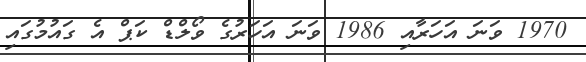
1970 ވަނަ އަހަރާއި 1986 ވަނަ އަހަރުގެ ވޯލްޑް ކަޕް އެ ގައުމުގައި